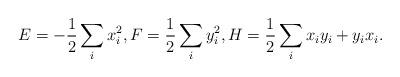
LaTeX: \begin{align*}E = -\frac{1}{2}\sum_i x_i^2, F = \frac{1}{2}\sum_i y_i^2, H = \frac{1}{2} \sum_{i} x_i y_i + y_i x_i. \end{align*}